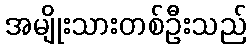
အမျိုးသားတစ်ဦးသည်